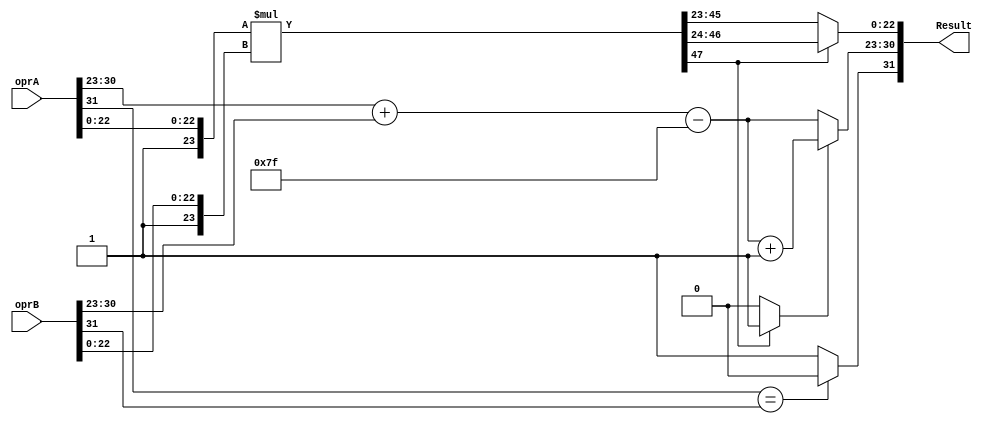
/*
 * @Author: Yihao Wang
 * @Date: 2020-02-15 14:52:01
 * @LastEditTime: 2020-03-14 01:31:54
 * @LastEditors: Please set LastEditors
 * @Description: Single precision floating point number multiplier
 * @FilePath: /EE577b_HW/YihaoWang-HW3/3_FPM/fpmul.v
 */
module fpmul (oprA, oprB, Result);
    input [31:0] oprA, oprB;
    output [31:0] Result;

    wire s_a, s_b;
    wire [7:0] exp_a, exp_b;
    wire [22:0] frac_a, frac_b;

    reg s_z; 
    reg [7:0] exp_z;
    reg [22:0] frac_z;

    // Divides 31bits fp number into three parts: SIGN, EXP, FRAC
    // Operand formatter
    assign {s_a, exp_a, frac_a} = oprA;
    assign {s_b, exp_b, frac_b} = oprB;
    // Result formatter
    assign Result = {s_z, exp_z, frac_z};

    // Generates sign bit:
    always @(*)
        if(s_a == s_b) s_z = 1'b0;
        else s_z = 1'b1;
    
    // Generates frac_z:
    reg [47:0] frac_z_i;
    reg inc_1; // signal to tell ths incrementer if increment exp_z_2i by 1
    always @(*)
    begin
        frac_z_i = {1'b1, frac_a} * {1'b1, frac_b};
        if(frac_z_i[47])
        begin
            inc_1 = 1'b1;
            frac_z = frac_z_i[46-:23];
        end
        else
        begin
            inc_1 = 1'b0;
            frac_z = frac_z_i[45-:23];
        end
    end

    // Generates exp_z:
    reg [7:0] exp_z_2i;
    always @(*)
    begin
        exp_z_2i = (exp_a + exp_b) - 127;
        if(inc_1) exp_z = exp_z_2i + 1;
        else exp_z = exp_z_2i;
    end

endmodule